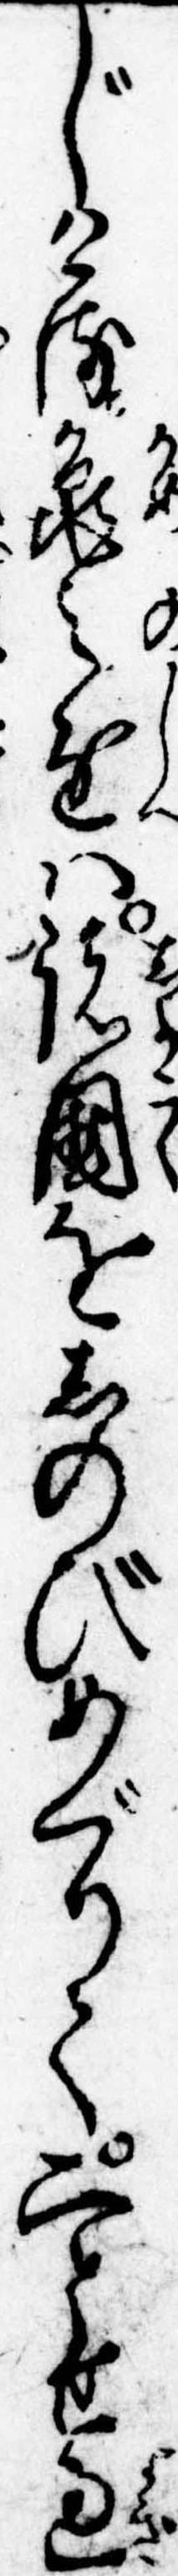
じける亀之進は諸国をしのびめぐりて二とせ過